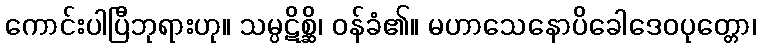
ကောင်းပါပြီဘုရားဟု။ သမ္ပဋိစ္ဆိ၊ ဝန်ခံ၏။ မဟာသေနောပိခေါဒေဝပုတ္တော၊